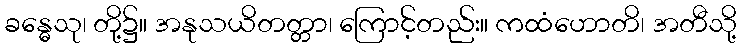
ခန္ဓေသု၊ တို့၌။ အနုသယိတတ္တာ၊ ကြောင့်တည်း။ ကထံဟောတိ၊ အတီသို့